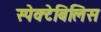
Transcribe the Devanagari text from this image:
स्पेक्टेबिलिस